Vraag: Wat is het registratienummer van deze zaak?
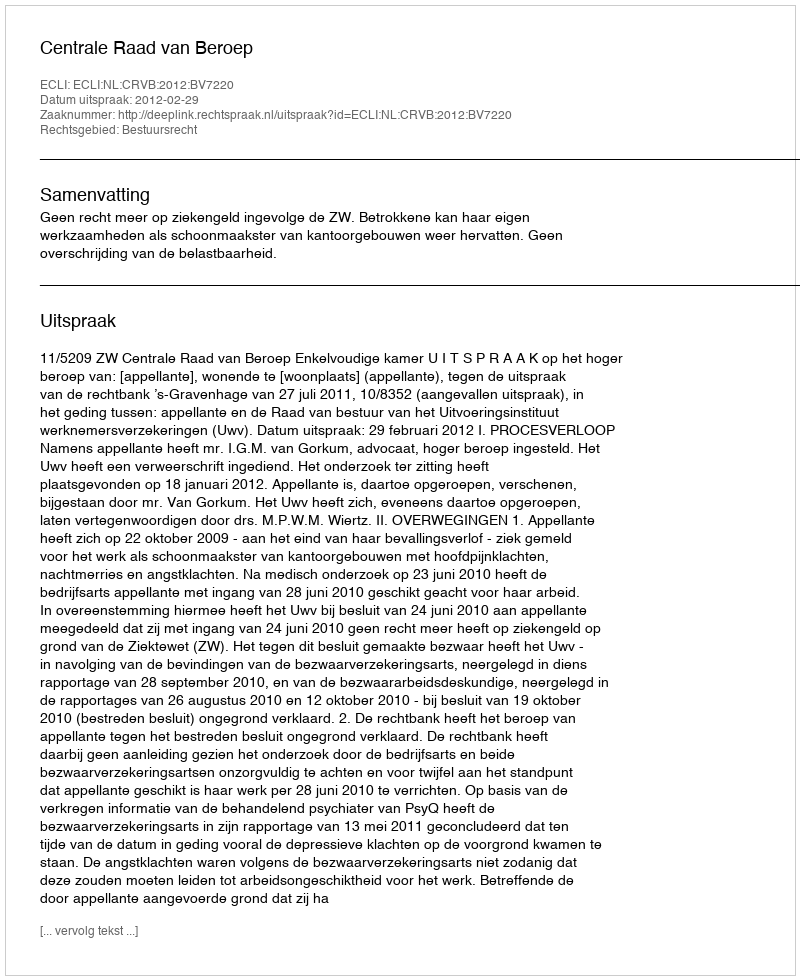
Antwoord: http://deeplink.rechtspraak.nl/uitspraak?id=ECLI:NL:CRVB:2012:BV7220